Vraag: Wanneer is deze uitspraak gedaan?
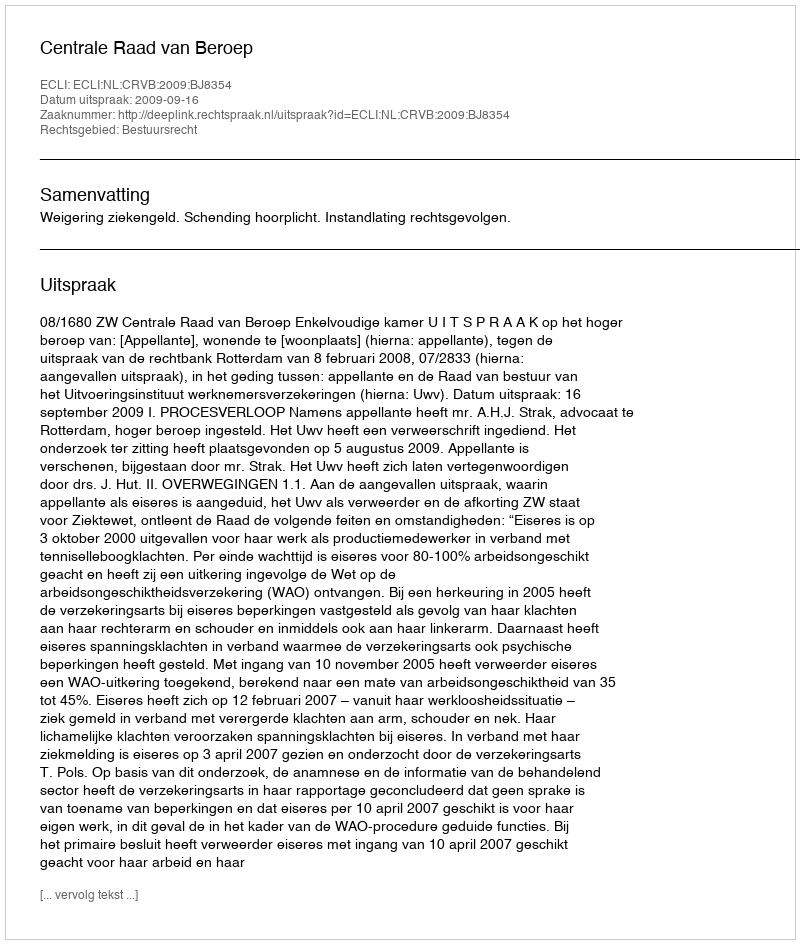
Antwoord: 2009-09-16